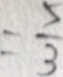
= \frac { 5 } { 3 }